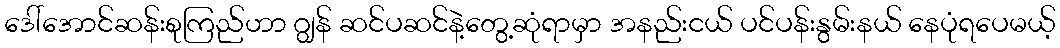
ဒေါ်အောင်ဆန်းစုကြည်ဟာ ဂျွန် ဆင်ပဆင်နဲ့တွေ့ဆုံရာမှာ အနည်းငယ် ပင်ပန်းနွမ်းနယ် နေပုံရပေမယ့်